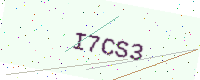
Text: I7CS3